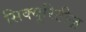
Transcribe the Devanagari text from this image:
सिक्यूरिटीज़